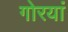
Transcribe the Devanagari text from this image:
गोरयां